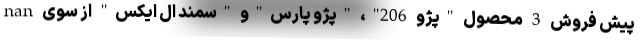
nan پیش فروش 3 محصول "پژو 206"، "پژو پارس"و "سمند ال ایکس" از سوی